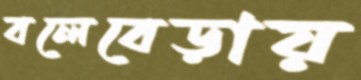
বলেবেড়ায়